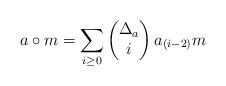
LaTeX: \begin{align*} a\circ m=\sum_{i\geq 0}\begin{pmatrix} \Delta_a\\ i\end{pmatrix}a_{(i-2)}m\end{align*}